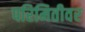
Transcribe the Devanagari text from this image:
परिमितीवर